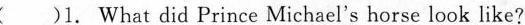
( )1. What did Prince Michael's horse look like?